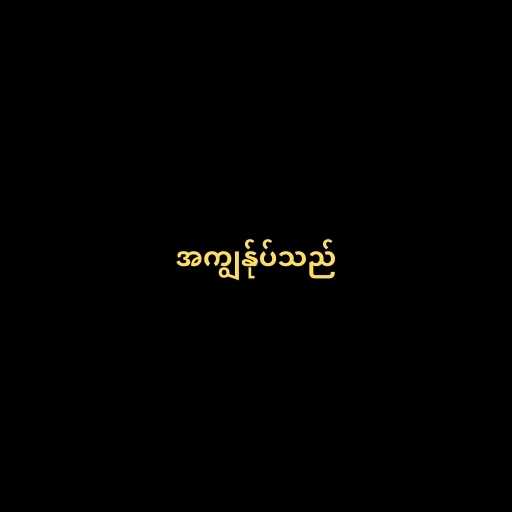
အကျွန်ုပ်သည်